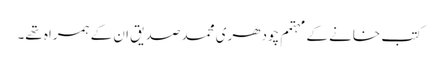
کتب خانے کے مہتمم چودھری محمد صدیق ان کے ہمراہ تھے۔